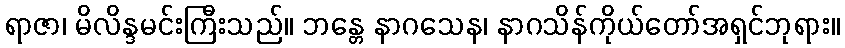
ရာဇာ၊ မိလိန္ဒမင်းကြီးသည်။ ဘန္တေ နာဂသေန၊ နာဂသိန်ကိုယ်တော်အရှင်ဘုရား။